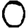
Digit: 0